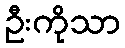
ဦးကိုသာ